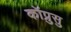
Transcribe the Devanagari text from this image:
कॉप्रुसु